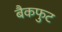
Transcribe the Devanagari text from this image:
बैकफुट